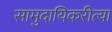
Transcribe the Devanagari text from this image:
सामुदायिकरीत्या